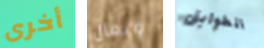
أخرى وتعال الطوابق